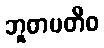
ဘူတပတီဝ